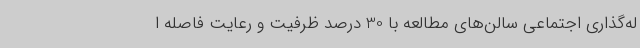
له‌گذاری اجتماعی سالن‌های مطالعه با 30 درصد ظرفیت و رعایت فاصله ا